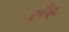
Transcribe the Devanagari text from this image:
रूँह